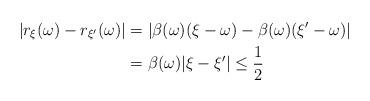
LaTeX: \begin{align*}| r_{\xi}(\omega) - r_{\xi^{\prime}}(\omega) | & = |\beta(\omega)(\xi - \omega) - \beta(\omega)(\xi^{\prime} - \omega) | \\& = \beta(\omega) | \xi - \xi^{\prime} | \leq \frac{1}{2}\end{align*}